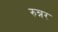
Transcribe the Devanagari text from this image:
रुन्नर